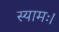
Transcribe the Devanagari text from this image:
स्यामः।